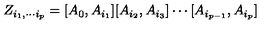
Z _ { i _ { 1 } , \cdots i _ { p } } = [ A _ { 0 } , A _ { i _ { 1 } } ] [ A _ { i _ { 2 } } , A _ { i _ { 3 } } ] \cdots [ A _ { i _ { p - 1 } } , A _ { i _ { p } } ]